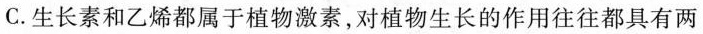
C.生长素和乙烯都属于植物激素，对植物生长的作用往往都具有两